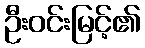
ဦးဝင်းမြင့်၏